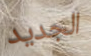
الجديد